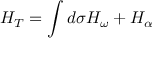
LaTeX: H _ { T } = \int d { \sigma } { \cal H } _ { \omega } + H _ { \alpha }